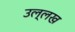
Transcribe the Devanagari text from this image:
उल्लख